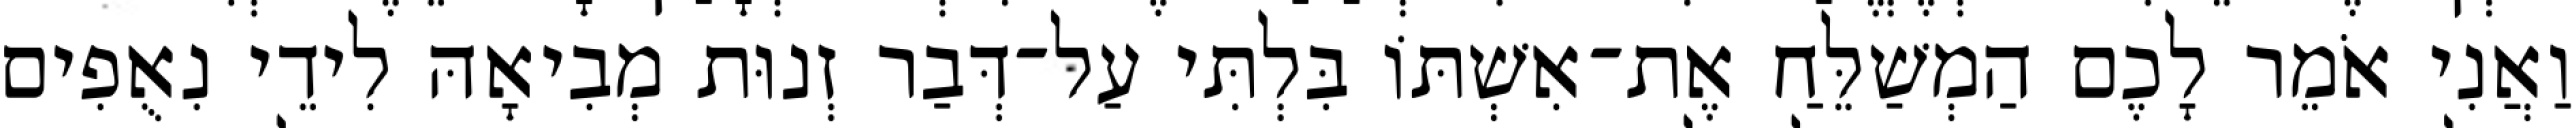
וַאֲנִי אֹמֵר לָכֶם הַמְשַׁלֵּחַ אֶת־אִשְׁתּוֹ בִּלְתִּי עַל־דְּבַר זְנוּת מְבִיאָהּ לִידֵי נִאֻפִים